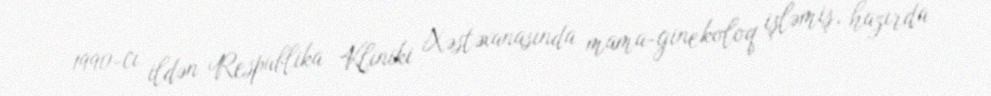
1990-cı ildən Respublika Kliniki Xəstəxanasında mama-ginekoloq işləmiş, hazırda